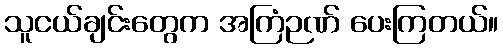
သူငယ်ချင်းတွေက အကြံဉဏ် ပေးကြတယ်။